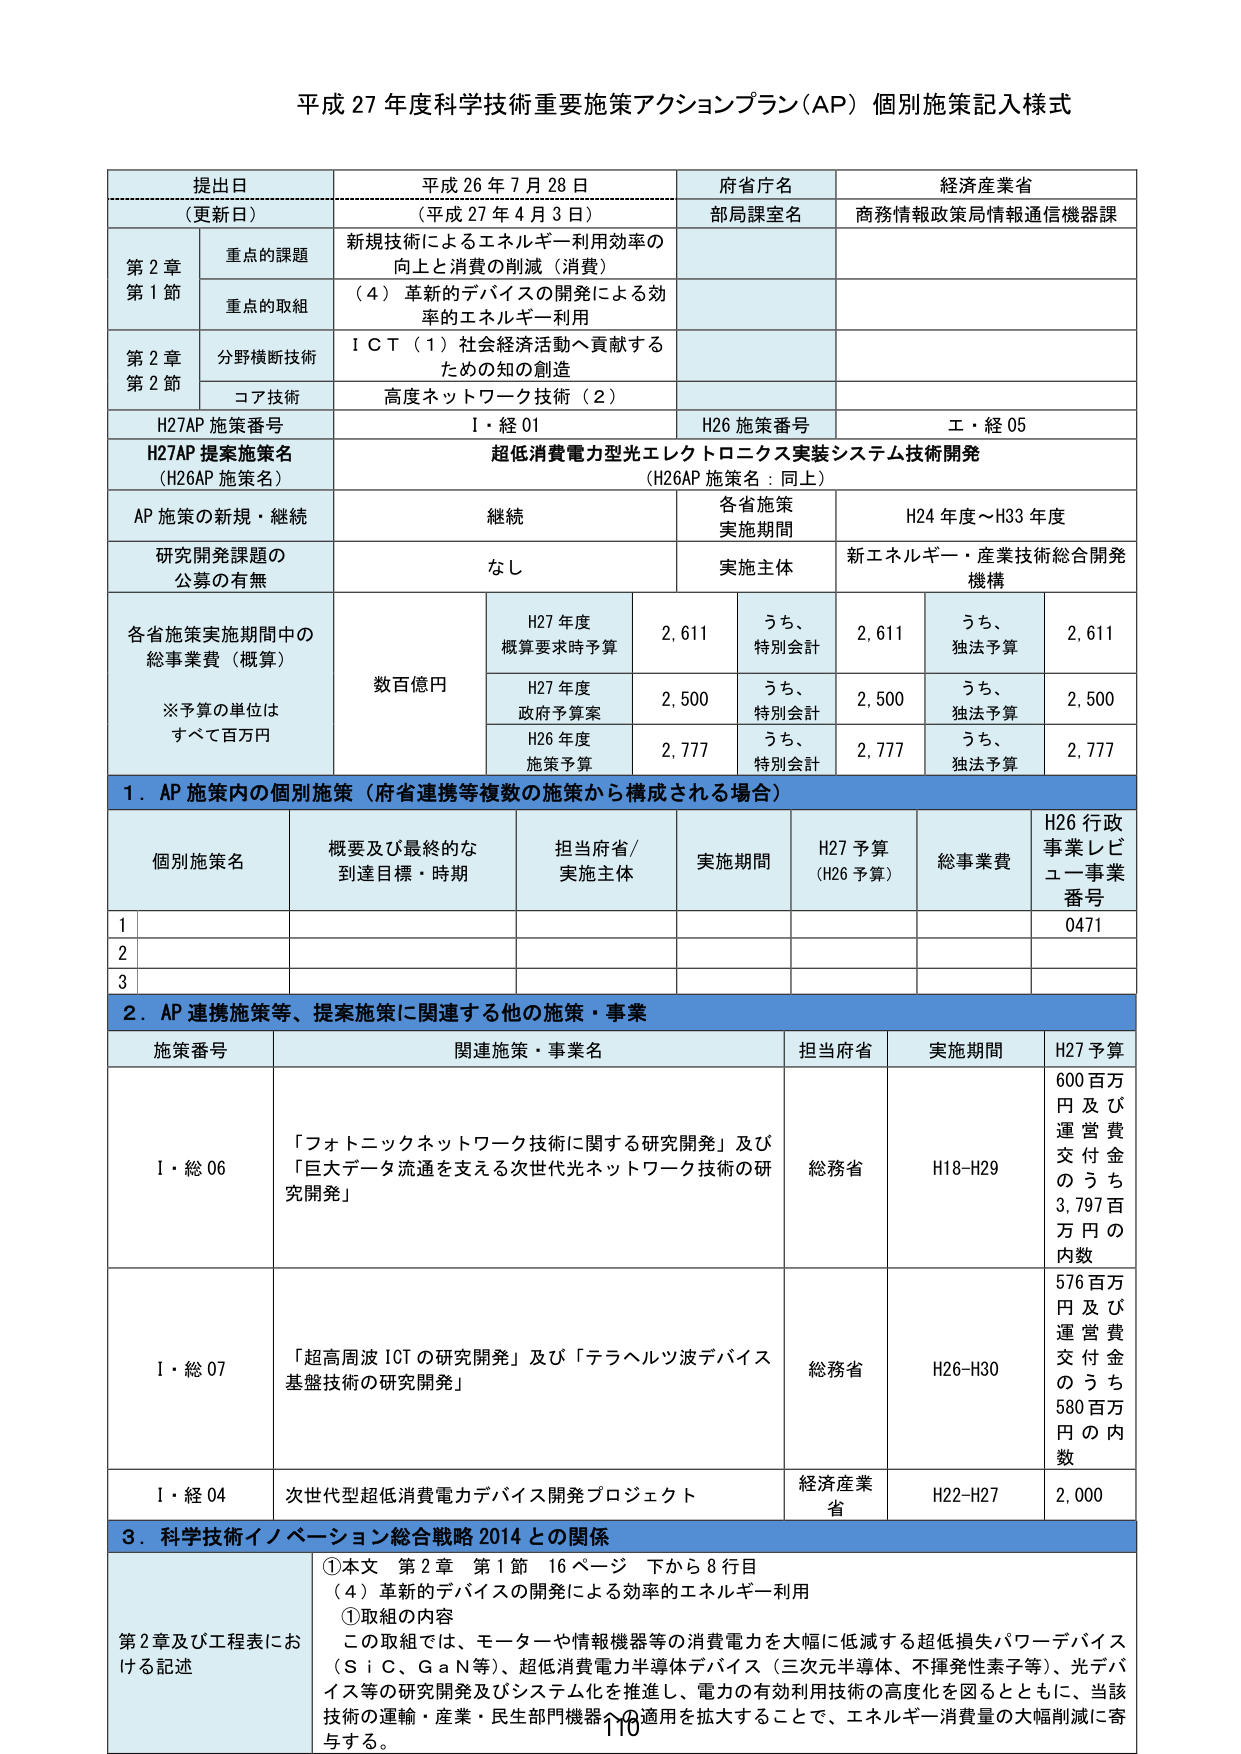
平成 27 年度科学技術重要施策アクションプラン（AP）個別施策記入様式

提出日 平成 26 年 7 月 28 日
（更新日） （平成 27 年 4 月 3 日）
府省庁名 経済産業省
部局課室名 商務情報政策局情報通信機器課

第 2 章
第 1 節
重点の課題 新規技術によるエネルギー利用効率の
向上と消費の削減（消費）
重点の取組 （4）革新的デバイスの開発による効
率的エネルギー利用

第 2 章
第 2 節
分野横断技術 ＩＣＴ（1）社会経済活動へ貢献する
ための知の創造
コア技術 高度ネットワーク技術（2）

H27AP 施策番号 Ｉ・経 01
H26 施策番号 エ・経 05

H27AP 提案施策名
（H26AP 施策名）
超低消費電力型光エレクトロニクス実装システム技術開発
（H26AP 施策名：同上）

AP 施策の新規・継続 継続
各省施策
実施期間 H24 年度～H33 年度

研究開発課題の
公募の有無 なし
実施主体 新エネルギー・産業技術総合開発
機構

各省施策実施期間中の
総事業費（概算）
※予算の単位は
すべて百万円
数百億円
H27 年度
概算要求時予算 2,611 うち、
特別会計 2,611 うち、
独法予算 2,611
H27 年度
政府予算案 2,500 うち、
特別会計 2,500 うち、
独法予算 2,500
H26 年度
施策予算 2,777 うち、
特別会計 2,777 うち、
独法予算 2,777

1．AP 施策内の個別施策（府省連携等複数の施策から構成される場合）

個別施策名 概要及び最終的な
到達目標・時期 担当府省/
実施主体 実施期間 H27 予算
（H26 予算） 総事業費 H26 行政
事業レビュー事業
番号
1
2
3 0471

2．AP 連携施策等、提案施策に関連する他の施策・事業

施策番号 関連施策・事業名 担当府省 実施期間 H27 予算
Ｉ・総 06 「フォトニックネットワーク技術に関する研究開発」及び
「巨大データ流通を支える次世代光ネットワーク技術の研
究開発」 総務省 H18-H29 600 百万
円及び
運営費
交付金
のうち
3,797 百
万円の
内数
Ｉ・総 07 「超高周波 ICT の研究開発」及び「テラヘルツ波デバイス
基盤技術の研究開発」 総務省 H26-H30 576 百万
円及び
運営費
交付金
のうち
580 百万
円の内
数
Ｉ・経 04 次世代型超低消費電力デバイス開発プロジェクト 経済産業
省 H22-H27 2,000

3．科学技術イノベーション総合戦略 2014 との関係

第 2 章及び工程表にお
ける記述 ①本文 第 2 章 第 1 節 16 ページ 下から 8 行目
（4）革新的デバイスの開発による効率的エネルギー利用
①取組の内容
この取組では、モーターや情報機器等の消費電力を大幅に低減する超低損失パワーデバイス
（ＳｉＣ、ＧａＮ等）、超低消費電力半導体デバイス（三次元半導体、不揮発性素子等）、光デバ
イス等の研究開発及びシステム化を推進し、電力の有効利用技術の高度化を図るとともに、当該
技術の運輸・産業・民生部門機器への適用を拡大することで、エネルギー消費量の大幅削減に寄
与する。